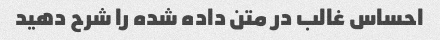
احساس غالب در متن داده شده را شرح دهید